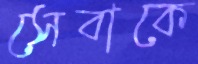
সেবাকে